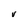
Character: V